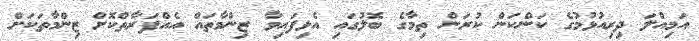
އަމިއްލަ ދިރިއުޅުމުގެ ކަންކަން ކުރަން ތިމާގެ ބޮލުގައި އެޅިފައިވާ ޒިންމާތައް އެއްފަރާތްކޮށް ޒިންމާތަކަށް